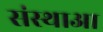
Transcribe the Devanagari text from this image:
संस्थाआ